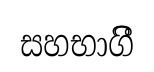
සහභාගිී